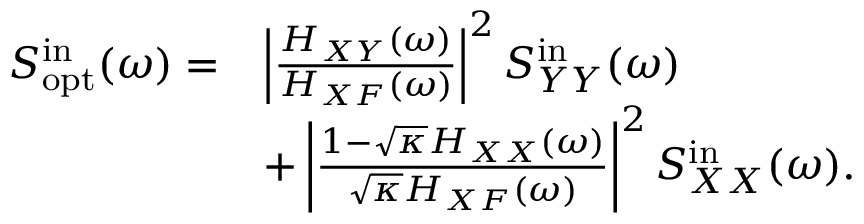
\begin{array} { r l } { S _ { \mathrm { o p t } } ^ { \mathrm { i n } } ( \omega ) = } & { \left| \frac { H _ { X Y } ( \omega ) } { H _ { X F } ( \omega ) } \right| ^ { 2 } S _ { Y Y } ^ { \mathrm { i n } } ( \omega ) } \\ & { + \left| \frac { 1 - \sqrt { \kappa } H _ { X X } ( \omega ) } { \sqrt { \kappa } H _ { X F } ( \omega ) } \right| ^ { 2 } S _ { X X } ^ { \mathrm { i n } } ( \omega ) . } \end{array}